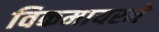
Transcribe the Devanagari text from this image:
विकमायरने